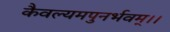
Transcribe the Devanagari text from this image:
कैवल्यमपुनर्भवम्‌।।